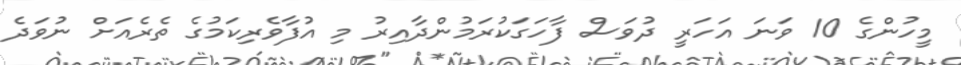
މީހުންގެ 10 ވަނަ އަހަރީ ދުވަސް ފާހަގަކުރަމުންދާއިރު މި އުފާވެރިކަމުގެ ތެރެއަށް ނުވަދެ